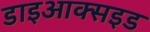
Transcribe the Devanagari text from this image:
डाइआक्सइड